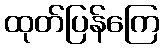
ထုတ်ပြန်ကြေ